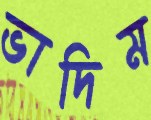
ভাদিম